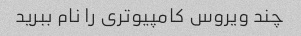
چند ویروس کامپیوتری را نام ببرید